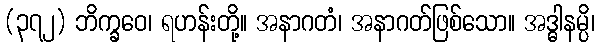
(၃၇၂) ဘိက္ခဝေ၊ ရဟန်းတို့။ အနာဂတံ၊ အနာဂတ်ဖြစ်သော။ အဒ္ဓါနမ္ပိ၊